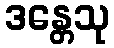
ဒန္တေသု